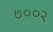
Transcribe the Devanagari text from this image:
७००२